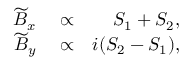
\begin{array} { r l r } { \widetilde { B } _ { x } } & { { } \propto } & { S _ { 1 } + S _ { 2 } , } \\ { \widetilde { B } _ { y } } & { { } \propto } & { i ( S _ { 2 } - S _ { 1 } ) , } \end{array}